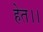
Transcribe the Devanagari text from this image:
हेत।।